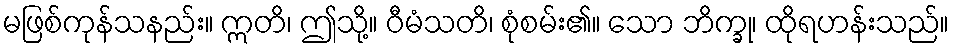
မဖြစ်ကုန်သနည်း။ ဣတိ၊ ဤသို့။ ဝီမံသတိ၊ စုံစမ်း၏။ သော ဘိက္ခု၊ ထိုရဟန်းသည်။